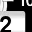
Digit: 2